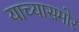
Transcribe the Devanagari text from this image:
याच्यासमोर